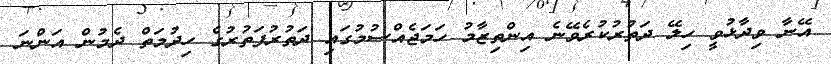
އޭނާ ވިދާޅުވީ ހިލޭ ދަތުރުކުރެވޭނެ އިންތިޒާމު ހަމަޖެއްސުމުގައި ދަތުރުފަތުރުގެ ހިދުމަތް ދެމުން އަންނަ